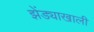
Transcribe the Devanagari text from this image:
झेंड्याखालीं